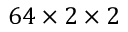
6 4 \times 2 \times 2